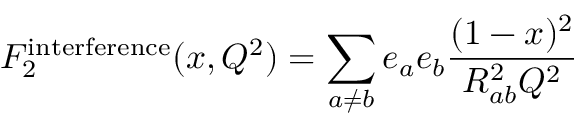
F _ { 2 } ^ { \mathrm { i n t e r f e r e n c e } } ( x , Q ^ { 2 } ) = \sum _ { a \ne b } e _ { a } e _ { b } { \frac { ( 1 - x ) ^ { 2 } } { R _ { a b } ^ { 2 } Q ^ { 2 } } }